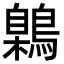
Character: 鷍